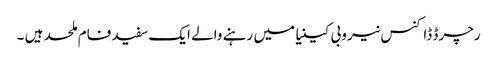
رچرڈ ڈاکنس نیروبی کینیا میں رہنے والے ایک سفید فام ملحد ہیں ۔